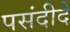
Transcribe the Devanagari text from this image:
पसंदीदे